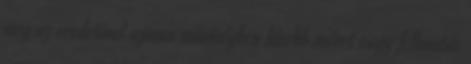
meg az eredetivel azonos minőségben kisebb méret vagy felbontás